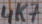
Text: 4K7